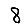
Digit: 8